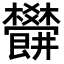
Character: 𣡜